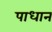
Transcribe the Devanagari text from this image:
पाधान